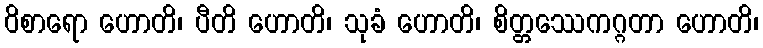
ဝိစာရော ဟောတိ၊ ပီတိ ဟောတိ၊ သုခံ ဟောတိ၊ စိတ္တဿေကဂ္ဂတာ ဟောတိ၊